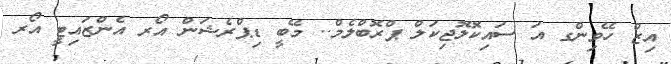
އިޒް ހޭވިންގ އަ ސައިކޮލޮޖިކަލް ޕްރޮބްލެމް.. މޭބީ ޑިޕްރެޝަން އޯރ އެންޒައިޓީ އޯރ